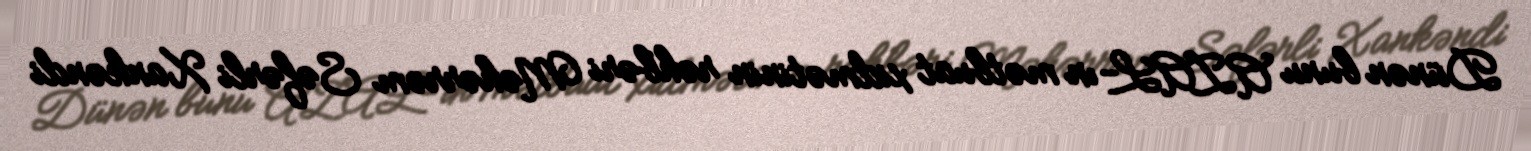
Dünən bunu AZAL-ın mətbuat xidmətinin rəhbəri Məhərrəm Səfərli Xankəndi